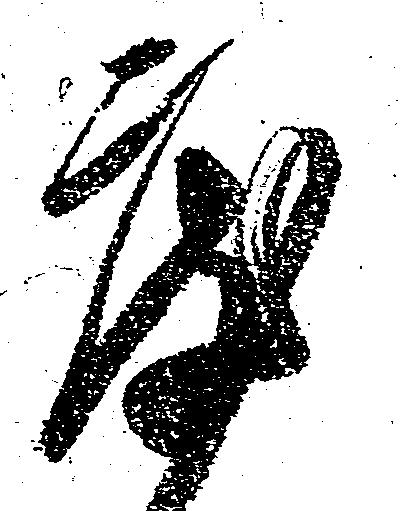
度